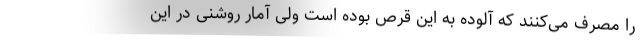
را مصرف می‌کنند که آلوده به این قرص بوده است ولی آمار روشنی در این